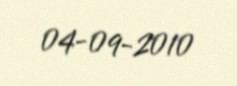
04-09-2010